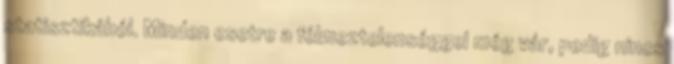
statisztikából. Minden esetre a félmeztelenséggel még vár, pedig nincs